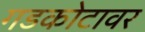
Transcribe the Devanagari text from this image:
गडकोटावर